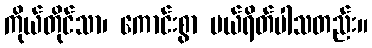
ကိုယ်တိုင်သာ၊ ကောင်းစွာ ပယ်ရိတ်ပါသတည်း။